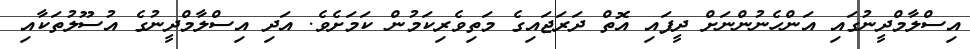
އިސްލާމްދީނުގައި އަންހެނުންނަށް ދީފައި އޮތް ދަރަޖައިގެ މަތިވެރިކަމުން ކަމަށެވެ. އަދި އިސްލާމްދީނުގެ އުސޫލުތަކާއި